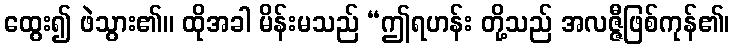
ထွေး၍ ဖဲသွား၏။ ထိုအခါ မိန်းမသည် “ဤရဟန်း တို့သည် အလဇ္ဇီဖြစ်ကုန်၏၊